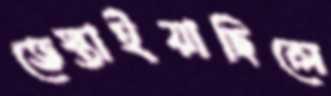
ভেস্তাইয়াছিলে